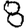
Digit: 8